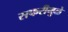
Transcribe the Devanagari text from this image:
सफरीमुळे